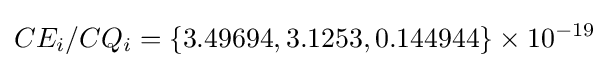
CE_{i}/CQ_{i}=\{3.49694,3.1253,0.144944\}\times 10^{-19}